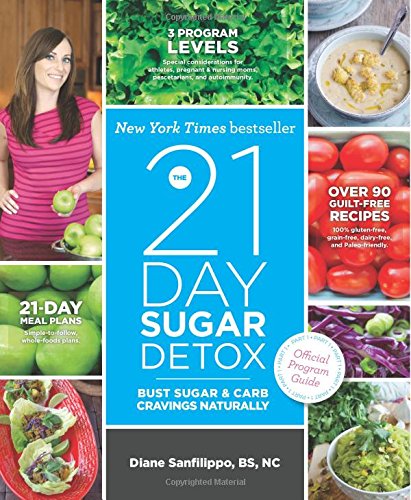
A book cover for The 21-Day Sugar Detox: Bust Sugar & Carb Cravings Naturally; Diane Sanfilippo BS  NC; Cookbooks, Food & Wine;